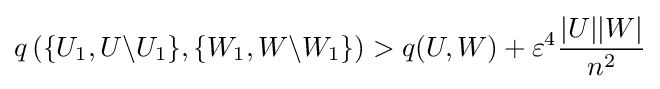
q\left(\{U_{1},U\backslash U_{1}\},\{W_{1},W\backslash W_{1}\}\right)>q(U,W)+\varepsilon ^{4}{\frac {|U||W|}{n^{2}}}